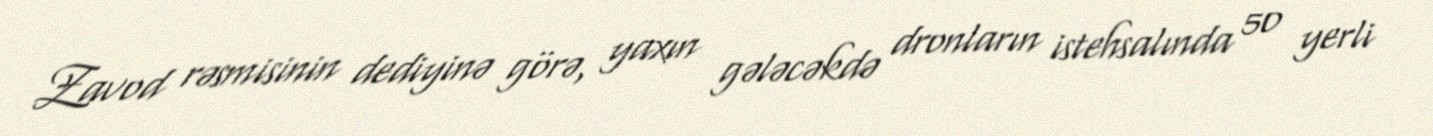
Zavod rəsmisinin dediyinə görə, yaxın gələcəkdə dronların istehsalında 50 yerli